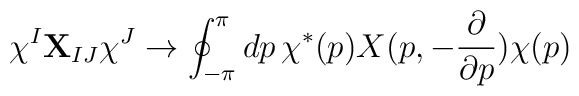
\chi^I {\bf X}_{IJ} \chi^J \rightarrow \oint_{-\pi}^{\pi} dp \,\chi^*(p) X (p, -\frac{\partial}{\partial p}) \chi (p)